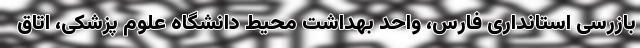
بازرسی استانداری فارس، واحد بهداشت محیط دانشگاه علوم پزشکی، اتاق